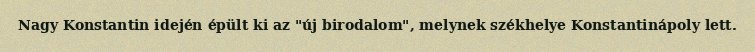
Nagy Konstantin idején épült ki az "új birodalom", melynek székhelye Konstantinápoly lett.